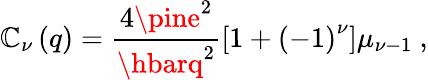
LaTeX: \mathbb{C}_{\nu}\left(q\right)=\frac{{4\pine^{2}}}{{\hbarq^{2}}}\left[1+\left(-1\right)^{\nu}\right]\mu_{\nu-1}\ ,